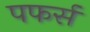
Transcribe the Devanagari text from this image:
पफर्स